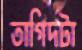
তাগিদটা